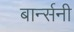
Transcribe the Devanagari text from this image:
बार्न्सनी